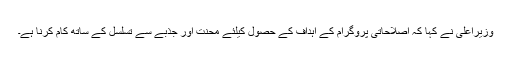
وزیراعلیٰ نے کہا کہ اصلاحاتی پروگرام کے اہداف کے حصول کیلئے محنت اور جذبے سے تسلسل کے ساتھ کام کرنا ہے۔